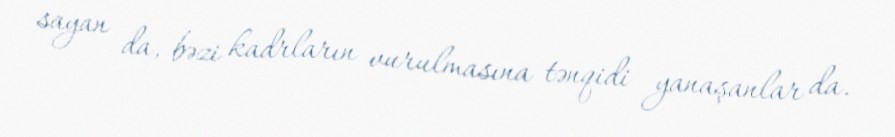
sayan da, bəzi kadrların vurulmasına tənqidi yanaşanlar da.